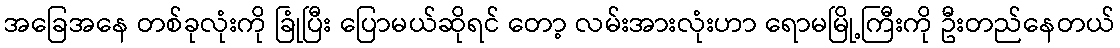
အခြေအနေ တစ်ခုလုံးကို ခြုံပြီး ပြောမယ်ဆိုရင် တော့ လမ်းအားလုံးဟာ ရောမမြို့ကြီးကို ဦးတည်နေတယ်